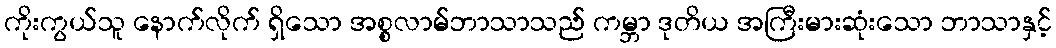
ကိုးကွယ်သူ နောက်လိုက် ရှိသော အစ္စလာမ်ဘာသာသည် ကမ္ဘာ ဒုတိယ အကြီးမားဆုံးသော ဘာသာနှင့်